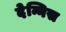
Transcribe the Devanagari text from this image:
देन्निस